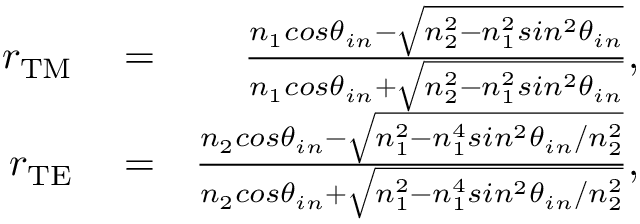
\begin{array} { r l r } { r _ { \mathrm { T M } } } & { { } = } & { \frac { n _ { 1 } c o s \theta _ { i n } - \sqrt { n _ { 2 } ^ { 2 } - n _ { 1 } ^ { 2 } s i n ^ { 2 } \theta _ { i n } } } { n _ { 1 } c o s \theta _ { i n } + \sqrt { n _ { 2 } ^ { 2 } - n _ { 1 } ^ { 2 } s i n ^ { 2 } \theta _ { i n } } } , } \\ { r _ { \mathrm { T E } } } & { { } = } & { \frac { n _ { 2 } c o s \theta _ { i n } - \sqrt { n _ { 1 } ^ { 2 } - n _ { 1 } ^ { 4 } s i n ^ { 2 } \theta _ { i n } / n _ { 2 } ^ { 2 } } } { n _ { 2 } c o s \theta _ { i n } + \sqrt { n _ { 1 } ^ { 2 } - n _ { 1 } ^ { 4 } s i n ^ { 2 } \theta _ { i n } / n _ { 2 } ^ { 2 } } } , } \end{array}